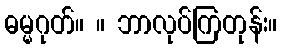
ဓမ္မဂုတ်။ ။ ဘာလုပ်ကြတုန်း။